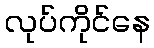
လုပ်ကိုင်နေ